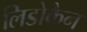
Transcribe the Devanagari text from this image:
लिडोकैन